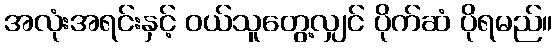
အလုံးအရင်းနှင့် ဝယ်သူတွေ့လျှင် ပိုက်ဆံ ပိုရမည်။